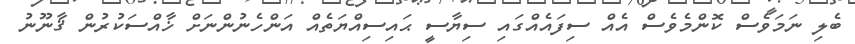
ބެލި ނަމަވެސް ކޮންމެވެސް އެއް ސިފައެއްގައި ސިޔާސީ ޙައިސިއްޔަތެއް އަންހެނުންނަށް ޚާއްސަކުރުން ޤާނޫނު